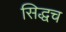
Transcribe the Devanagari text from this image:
सिद्धच